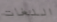
اللغات